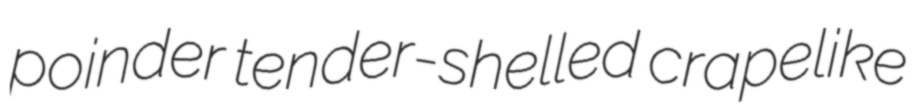
poinder tender-shelled crapelike